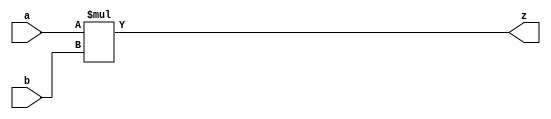
module mul4b(input[3:0] a,b , output[7:0] z);
	assign z=a*b;
endmodule

module mul4b_tb();
	reg [3:0] a,b;
	wire [7:0] out1,out2;
	
	mul4b u1(a,b,out1);
	mul4bfunc u2(a,b,out2);
	
	initial begin
		a=0; b=0;
	end
	
	always begin
		#5 a=$random ; b=$random;
	end
	
endmodule

module mul4bfunc(a,b,z);
	input [3:0] a,b;
	output reg [7:0] z;
	
	always@(*) begin
		z = funcabc(a,b);
	end
	
	
	function[7:0] funcabc(input[3:0] a,b);
	begin
		funcabc = a*b;
	end
	endfunction

endmodule